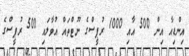
އިންޑިއާ އިން 500 އާއި 1000 ރުޕީސްގެ ނޫޓްތައް އުވާލައި 500 ރުޕީސްގެ